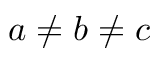
a \neq b \neq c